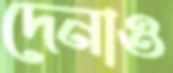
দেনাও